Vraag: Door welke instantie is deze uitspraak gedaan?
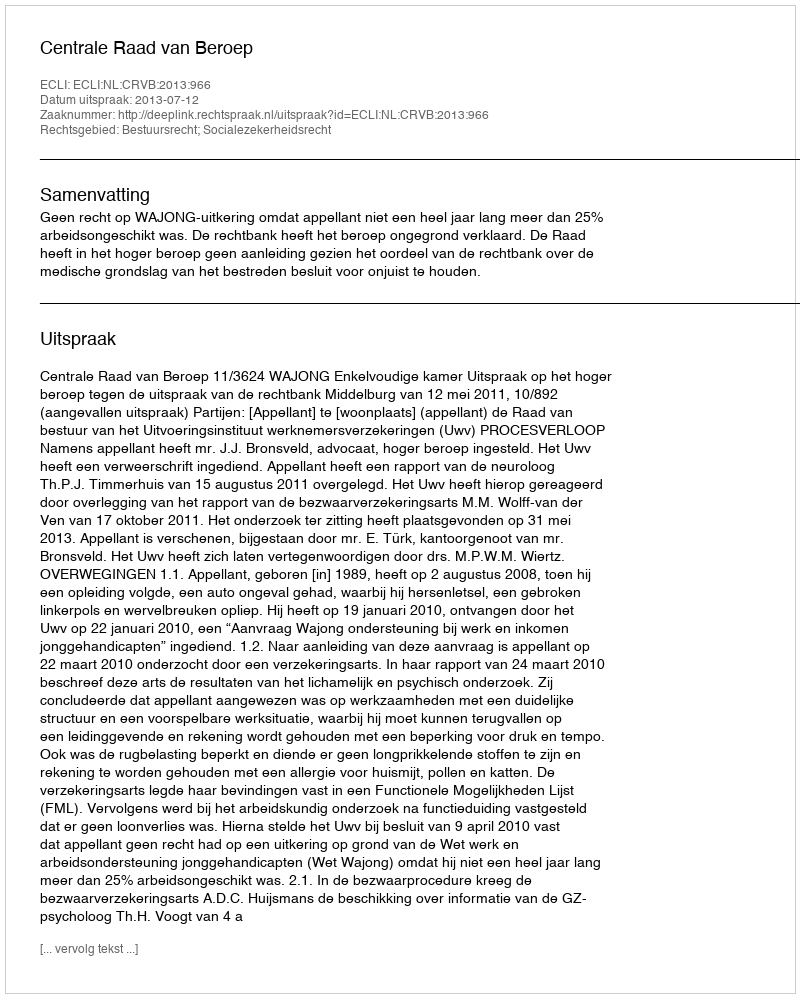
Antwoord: Centrale Raad van Beroep